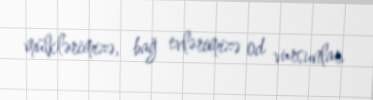
mülklərimizə, bağ evlərimizə od vursunlar.